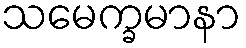
သမေက္ခမာနာ